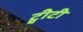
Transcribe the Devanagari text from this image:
ट्वीटी